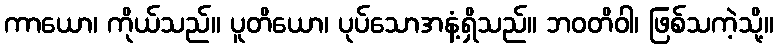
ကာယော၊ ကိုယ်သည်။ ပူတိယော၊ ပုပ်သောအနံ့ရှိသည်။ ဘဝတိဝါ၊ ဖြစ်သကဲ့သို့။